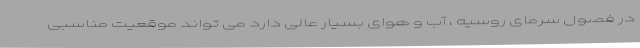
در فصول سرمای روسیه ، آب و هوای بسیار عالی دارد می تواند موقعیت مناسبی